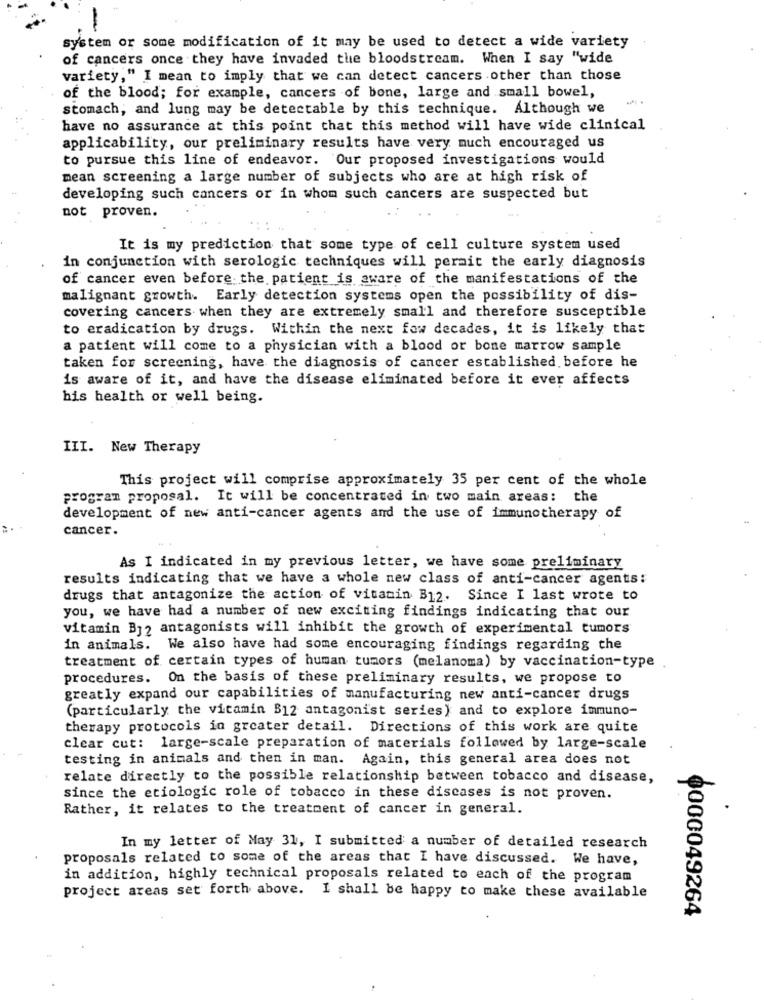
system or some modification of it may be used to detect a wide variety
-
of cancers once they have invaded the bloodstream. When I say "wide
variety," I mean to imply that we can detect cancers other than those
of the blood; for example, cancers of bone, large and small bowel,
stomach, and lung may be detectable by this technique. Although we
have no assurance at this point that this method will have wide clinical
applicability, our preliminary results have very much encouraged us
to pursue this line of endeavor. Our proposed investigations would
mean screening a large number of subjects who are at high risk of
developing such cancers or in whom such cancers are suspected but
not proven.
It is my prediction that some type of cell culture system used
in conjunction with serologic techniques will permit the early diagnosis
of cancer even before the patient is aware of the manifestations of the
malignant growth. Early detection systems open the possibility of dis-
covering cancers when they are extremely small and therefore susceptible
to eradication by drugs. Within the next fow decades, it is likely that
a patient will come to a physician with a blood or bone marrow sample
taken for screening, have the diagnosis of cancer established before he
is aware of it, and have the disease eliminated before it ever affects
his health or well being.
III. New Therapy
This project will comprise approximately 35 per cent of the whole
program proposal. It will be concentrated in two main areas: the
development of new anti-cancer agents and the use of immunotherapy of
cancer.
As I indicated in my previous letter, we have some preliminary
results indicating that we have a whole new class of anti-cancer agents:
drugs that antagonize the action of vitamin B12. Since I last wrote to
you, we have had a number of new exciting findings indicating that our
vitamin B12 antagonists will inhibit the growth of experimental tumors
in animals. We also have had some encouraging findings regarding the
treatment of certain types of human tumors (melanoma) by vaccination-type
procedures. On the basis of these preliminary results, we propose to
greatly expand our capabilities of manufacturing new anti-cancer drugs
(particularly the vitamin B12 antagonist series) and to explore immuno-
therapy protocols in greater detail. Directions of this work are quite
clear cut: large-scale preparation of materials followed by large-scale
testing in animals and then in man. Again, this general area does not
relate directly to the possible relationship between tobacco and disease,
since the etiologic role of tobacco in these diseases is not proven.
Rather, it relates to the treatment of cancer in general.
In my letter of May 31, I submitted a number of detailed research
proposals related to some of the areas that I have discussed. We have,
in addition, highly technical proposals related to each of the program
project areas set forth above. I shall be happy to make these available
0000049264